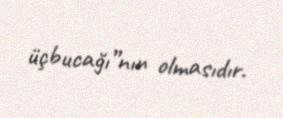
üçbucağı”nın olmasıdır.